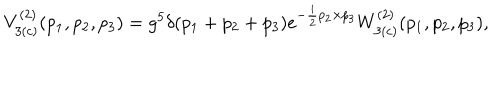
V _ { 3 ( c ) } ^ { ( 2 ) } ( p _ { 1 } , p _ { 2 } , p _ { 3 } ) = g ^ { 5 } \delta ( p _ { 1 } + p _ { 2 } + p _ { 3 } ) e ^ { - \frac { i } { 2 } p _ { 2 } \times p _ { 3 } } W _ { 3 ( c ) } ^ { ( 2 ) } ( p _ { 1 } , p _ { 2 } , p _ { 3 } ) ,